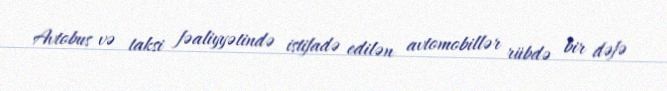
Avtobus və taksi fəaliyyətində istifadə edilən avtomobillər rübdə bir dəfə